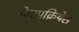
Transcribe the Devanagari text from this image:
फेरप्रक्रियेस